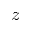
z